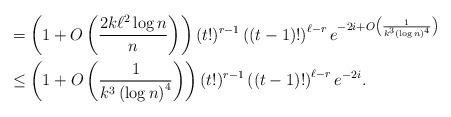
LaTeX: \begin{align*} &=\left(1+O\left(\frac{2k\ell^2\log n}{n}\right)\right)(t!)^{r-1}\left((t-1)!\right)^{\ell-r}e^{-2i+O\left(\frac{1}{k^3\left(\log n\right)^4}\right)}\\ &\leq \left(1+O\left(\frac{1}{k^3\left(\log n\right)^4}\right)\right)(t!)^{r-1}\left((t-1)!\right)^{\ell-r}e^{-2i}. \end{align*}